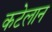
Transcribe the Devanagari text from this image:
कटेलान